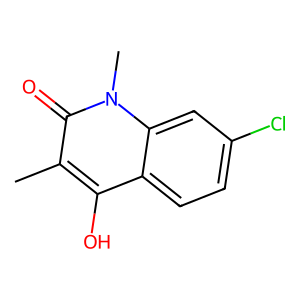
SMILES: Cc1c(O)c2ccc(Cl)cc2n(C)c1=O
Inhibits HIV replication: No